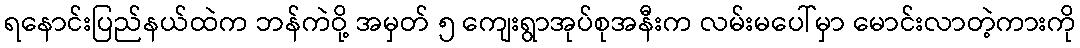
ရနောင်းပြည်နယ်ထဲက ဘန်ကဲဝို့ အမှတ် ၅ ကျေးရွာအုပ်စုအနီးက လမ်းမပေါ်မှာ မောင်းလာတဲ့ကားကို